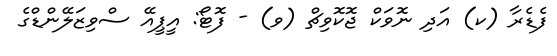
ފެޑެރާ (ކ) އަދި ނޮވަކް ޖޮކޮވިޗް (ވ) - ފޮޓޯ: އީޕީއޭ ސްވިޒަލޭންޑްގެ